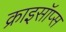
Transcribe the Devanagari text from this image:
क्राइसॉप्स